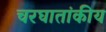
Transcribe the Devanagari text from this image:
चरघातांकीय